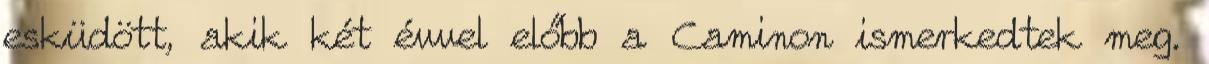
esküdött, akik két évvel előbb a Caminon ismerkedtek meg.